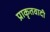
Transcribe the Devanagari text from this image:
प्राकृतवादी